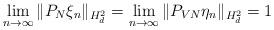
LaTeX: \begin{align*} \lim_{n\to \infty} \|P_{N} \xi_n\|_{H^2_d} = \lim_{n\to \infty} \|P_{VN}\eta_n\| _{H^2_d}= 1\end{align*}